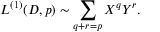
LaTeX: { \cal L } ^ { ( 1 ) } ( D , p ) \sim \sum _ { q + r = p } X ^ { q } Y ^ { r } .